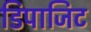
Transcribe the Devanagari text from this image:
डिपाजिट